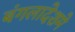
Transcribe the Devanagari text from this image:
बंगलादेशमे